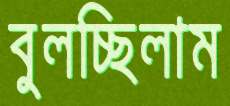
বুলচ্ছিলাম